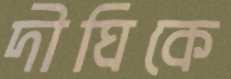
দীঘিকে